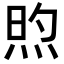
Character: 𬊏